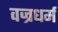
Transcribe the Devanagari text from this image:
वज्रधर्म